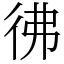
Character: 彿